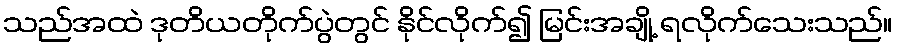
သည်အထဲ ဒုတိယတိုက်ပွဲတွင် နိုင်လိုက်၍ မြင်းအချို့ ရလိုက်သေးသည်။